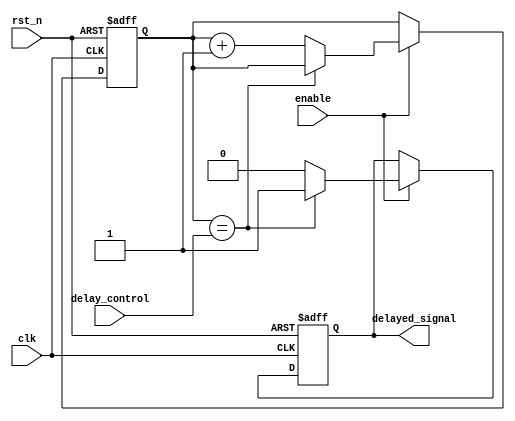
module rc_delay (
    input wire clk,
    input wire rst_n,
    input wire enable,
    input wire delay_control,
    output reg delayed_signal
);

reg [7:0] delay_counter; // Adjust delay by varying the number of bits in delay_counter

always @(posedge clk or negedge rst_n) begin
    if (~rst_n) begin
        delay_counter <= 8'b0;
        delayed_signal <= 1'b0;
    end else if (enable) begin
        if (delay_counter == delay_control) begin
            delayed_signal <= 1'b1;
        end else begin
            delay_counter <= delay_counter + 1;
            delayed_signal <= 1'b0;
        end
    end
end

endmodule